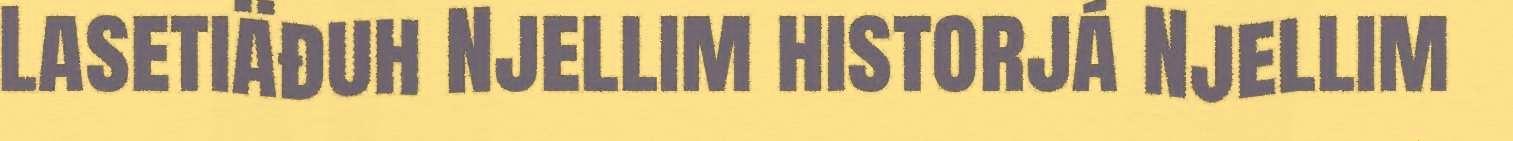
Lasetiäđuh Njellim historjá Njellim